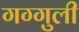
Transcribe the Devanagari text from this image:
गग्गुली